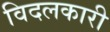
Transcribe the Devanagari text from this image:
विदलकारी